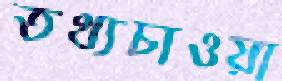
তথ্যচাওয়া